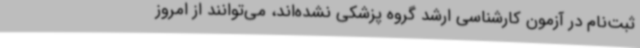
ثبت‌نام در آزمون کارشناسی ارشد گروه پزشکی نشده‌اند، می‌توانند از امروز